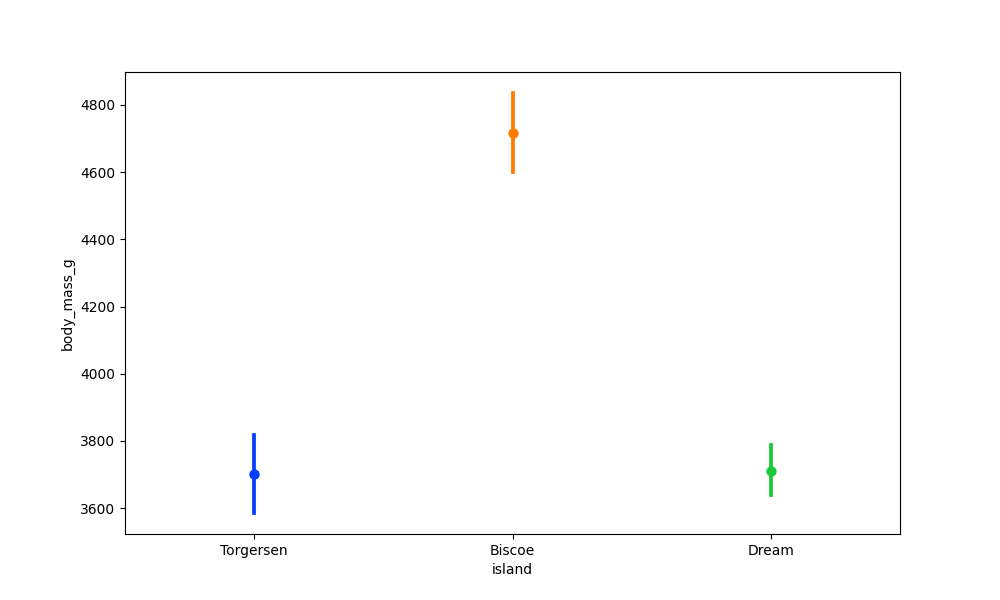
python, seaborn, pointplot, scale=1.0, join=False, hue='None', palette='bright'